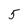
Character: 5